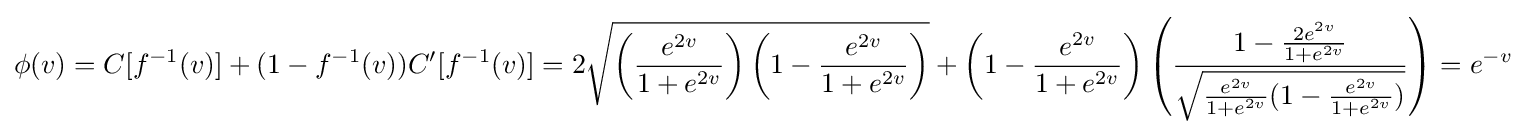
\phi (v)=C[f^{-1}(v)]+(1-f^{-1}(v))C'[f^{-1}(v)]=2{\sqrt {\left({\frac {e^{2v}}{1+e^{2v}}}\right)\left(1-{\frac {e^{2v}}{1+e^{2v}}}\right)}}+\left(1-{\frac {e^{2v}}{1+e^{2v}}}\right)\left({\frac {1-{\frac {2e^{2v}}{1+e^{2v}}}}{\sqrt {{\frac {e^{2v}}{1+e^{2v}}}(1-{\frac {e^{2v}}{1+e^{2v}}})}}}\right)=e^{-v}